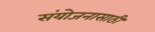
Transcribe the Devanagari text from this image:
संयोजनासाठी